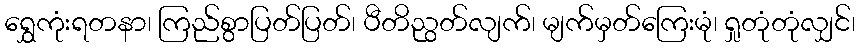
ရွှေကုံးရတနာ၊ ကြည်စွာပြတ်ပြတ်၊ ပီတိညွတ်လျက်၊ မျက်မှတ်ကြေးမုံ၊ ရှုတုံတုံလျှင်၊